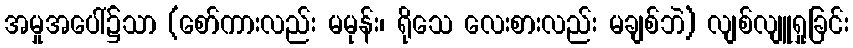
အမှုအပေါ်၌သာ (စော်ကားလည်း မမုန်း၊ ရိုသေ လေးစားလည်း မချစ်ဘဲ) လျစ်လျူရှုခြင်း